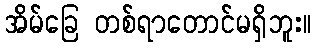
အိမ်ခြေ တစ်ရာတောင်မရှိဘူး။